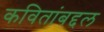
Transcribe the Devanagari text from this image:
कवितांबद्दल